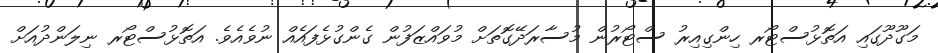
މަގޫދޫގައި އަތޮޅުސްޓޯރ ހިންގިއިރު ސްޓޯރުން މުސާރަދޭގޮތަށް މުވައްޒަފުން ގެންގުޅެފައެއް ނުވެއެވެ. އަތޮޅުސްޓޯރ ނިލަންދުއަށް